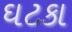
ઘટકા